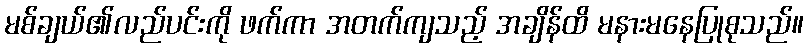
မစ်ချယ်၏လည်ပင်းကို ဖက်ကာ အတက်ကျသည့် အချိန်ထိ မနားမနေပြုစုသည်။